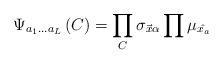
LaTeX: \begin{align*}\Psi_{a_{1}\ldots a_{L}}\left( C\right)=\prod_{C}{\sigma_{\vec{x}\alpha}}\prod{\mu_{\hat{x_{a}}}}\end{align*}